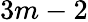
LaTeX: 3m-2